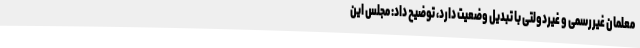
معلمان غیررسمی و غیردولتی با تبدیل وضعیت دارد، توضیح داد: مجلس این